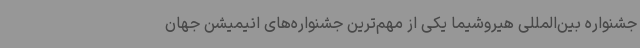
جشنواره بین‌المللی هیروشیما یکی از مهم‌ترین جشنواره‌های انیمیشن جهان